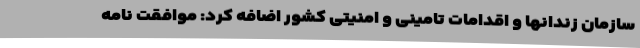
سازمان زندانها و اقدامات تامینی ‌و امنیتی کشور اضافه کرد: موافقت نامه